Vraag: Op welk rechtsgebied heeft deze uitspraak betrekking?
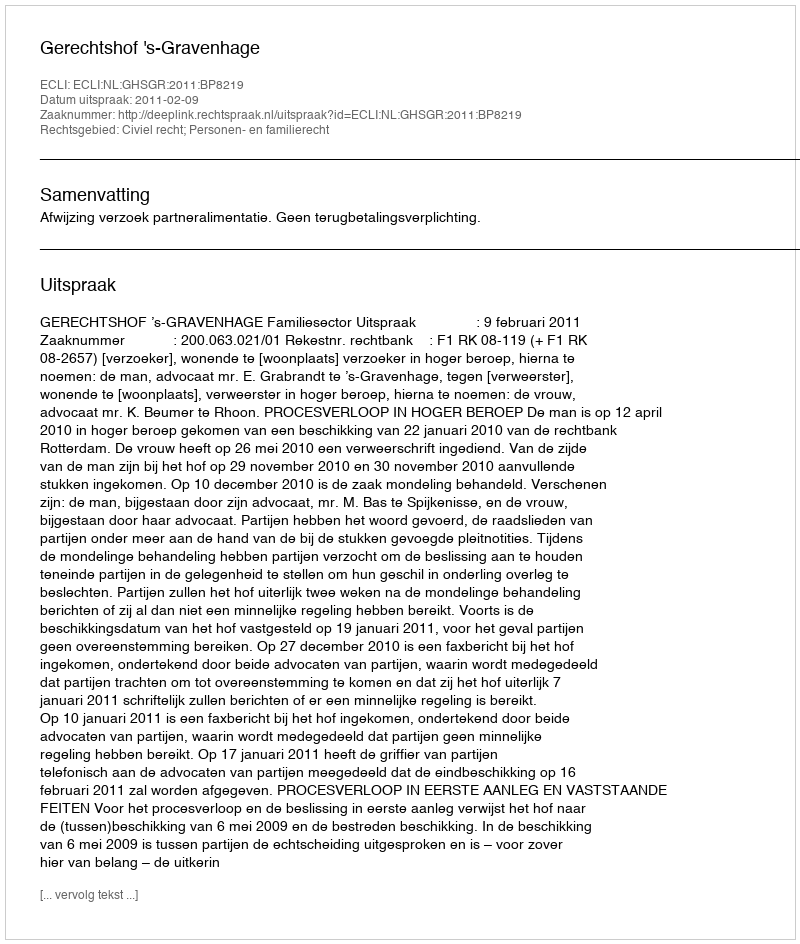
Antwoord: Civiel recht; Personen- en familierecht